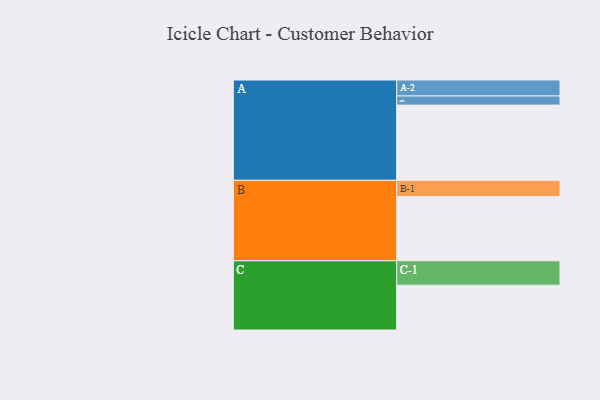
{"axis": {"x": "Segment", "y": "Value"}, "legend": ["", "A", "B", "C"], "data": [{"x": "A", "y": 527, "type": ""}, {"x": "B", "y": 450, "type": ""}, {"x": "C", "y": 314, "type": ""}, {"x": "A-1", "y": 64, "type": "A"}, {"x": "A-2", "y": 112, "type": "A"}, {"x": "B-1", "y": 114, "type": "B"}, {"x": "C-1", "y": 171, "type": "C"}]}